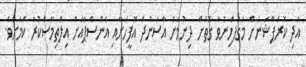
އަދި ކޮރަޕްޝަނަށް މަގުފަހިނުވާ ގޮތަށް ދިނުމަށް އާސަންދަ އޮފީހަށާއި އެންސްޕާއަށް އިލްތިމާސްކުރާ ކަމަށެވެ.